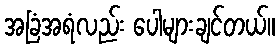
အခြံအရံလည်း ပေါများချင်တယ်။